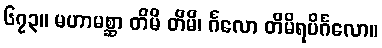
၆၇၃။ မဟာမစ္ဆာ တိမိ တိမိ၊ င်္ဂလော တိမိရပိင်္ဂလော။